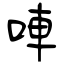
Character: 唓